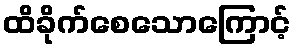
ထိခိုက်စေသောကြောင့်